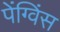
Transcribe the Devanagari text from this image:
पेंग्विंस